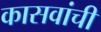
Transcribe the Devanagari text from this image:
कासवांची